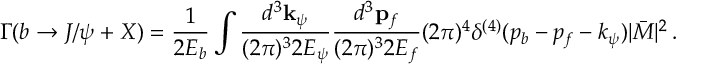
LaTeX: \Gamma ( b \rightarrow J / \psi + X ) = \frac { 1 } { 2 E _ { b } } \int \frac { d ^ { 3 } { \bf k } _ { \psi } } { ( 2 \pi ) ^ { 3 } 2 E _ { \psi } } \frac { d ^ { 3 } { \bf p } _ { f } } { ( 2 \pi ) ^ { 3 } 2 E _ { f } } ( 2 \pi ) ^ { 4 } \delta ^ { ( 4 ) } ( p _ { b } - p _ { f } - k _ { \psi } ) | \bar { \cal M } | ^ { 2 } \, .